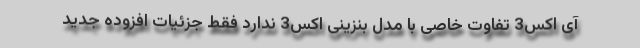
آی اکس3 تفاوت خاصی با مدل بنزینی اکس3 ندارد فقط جزئیات افزوده جدید